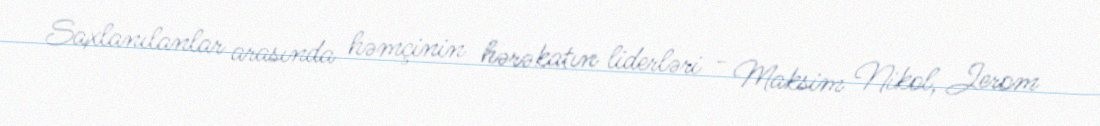
Saxlanılanlar arasında həmçinin hərəkatın liderləri - Maksim Nikol, Jerom